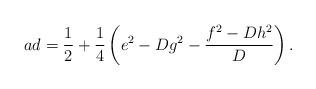
LaTeX: \begin{align*} ad=\frac 12+\frac 14\left(e^2-Dg^2-\frac{f^2-Dh^2}{D} \right).\end{align*}